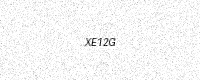
Text: XE12G